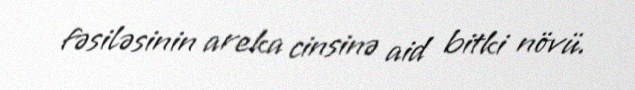
fəsiləsinin areka cinsinə aid bitki növü.